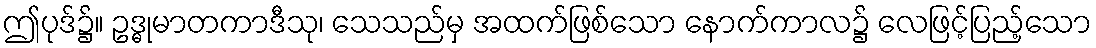
ဤပုဒ်၌။ ဥဒ္ဓုမာတကာဒီသု၊ သေသည်မှ အထက်ဖြစ်သော နောက်ကာလ၌ လေဖြင့်ပြည့်သော